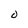
Character: O